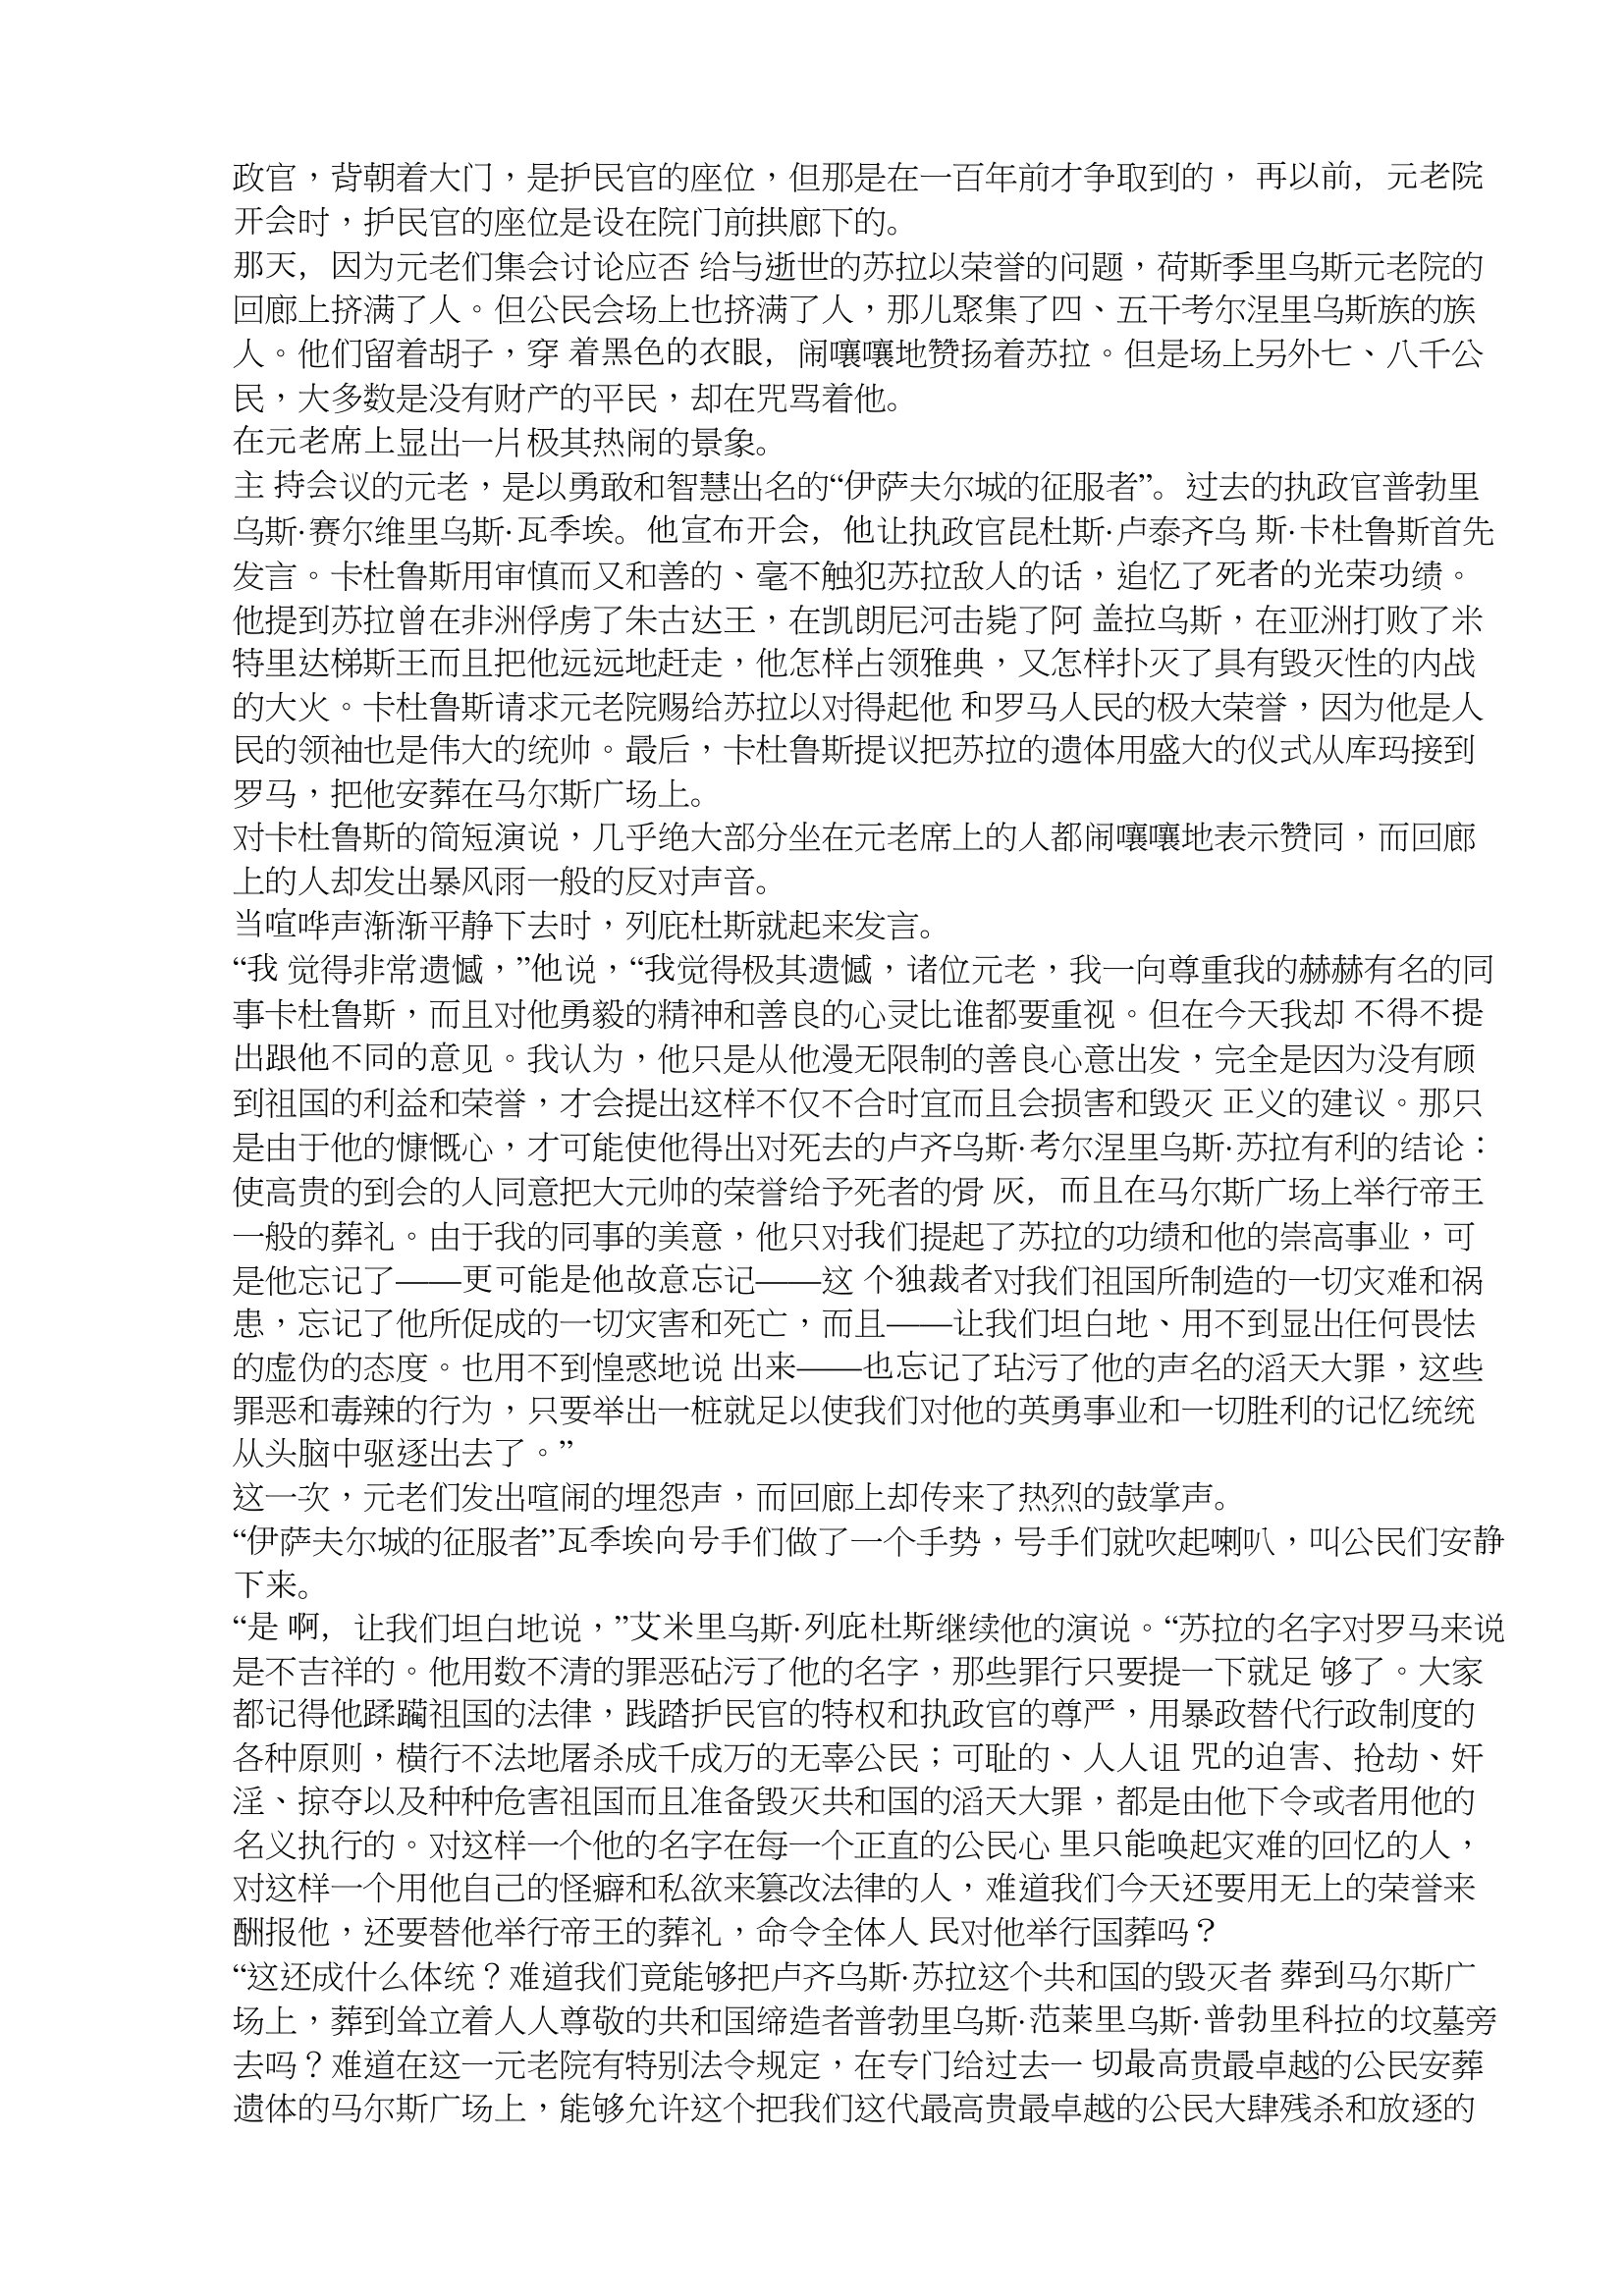
Language: zh